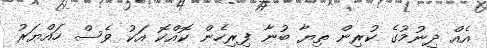
އެއް ދިނުމުގެ ކުރިން ތިޔާ ބުނާ ފިރިހެން ކޮއްކޮ އަކު ވެސް ހައްޔަރު